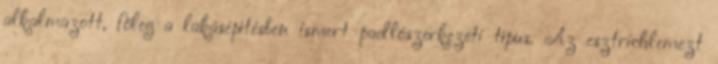
alkalmazott, főleg a lakásépítésben ismert padlószerkezeti típus. Az esztrichlemezt